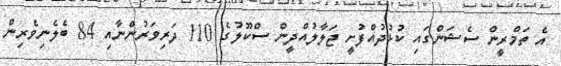
އެ ތަމްރީން ސެޝަންގައި ކުޅުދުއްފުށީ ޖަލާލުއްދީން ސްކޫލުގެ 110 ދަރިވަރުންނާއި 84 ބެލެނިވެރިން